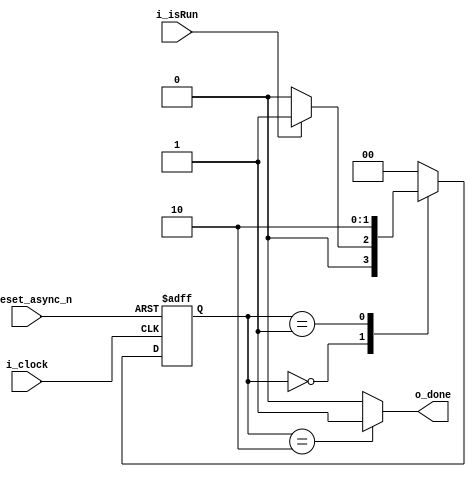
`timescale 1ns/1ps
module DUT_FSM(
        input i_clock,
        input i_reset_async_n,
        input i_isRun,
        output reg o_done
);

localparam  STATE_IDLE = 2'b00;
localparam  STATE_RUN  = 2'b01;
localparam  STATE_DONE = 2'b10;
reg [1:0] state_cur;
reg [1:0] state_next;

wire isDone = 1'b1;
// reset On     :state_cur=STATE_IDEL
// clock Rising :state_cur=state_next
always @(posedge i_clock or negedge i_reset_async_n) begin
        if(!i_reset_async_n)begin
                state_cur <= STATE_IDLE;
        end else begin
                state_cur <= state_next;
        end
end
// changes in {i_isRun, isDone, state_cur}
always @(*) begin
        state_next = STATE_IDLE;//to prevent latch(???)
        case(state_cur)
                STATE_IDLE:
                        if(i_isRun)
                                state_next = STATE_RUN;
                STATE_RUN:
                        if(isDone)
                                state_next = STATE_DONE;
                STATE_DONE:
                        state_next = STATE_IDLE;
        endcase
end

// change in {state_cur}
always @(*)begin
        o_done=0;//to prevent latch(???)
        case(state_cur)
                STATE_DONE:
                        o_done=1;
        endcase
end
endmodule